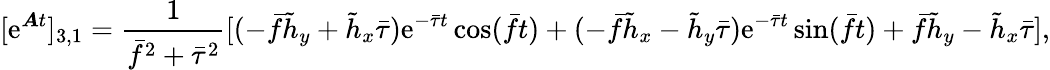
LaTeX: [\mathrm{e}^{\boldsymbol{A}t}]_{3,1}=\frac{1}{\bar{f}^{2}+\bar{\tau}^{2}}[(-\bar{f}\tilde{h}_{y}+\tilde{h}_{x}\bar{\tau})\mathrm{e}^{-\bar{\tau}t}\cos(\bar{f}t)+(-\bar{f}\tilde{h}_{x}-\tilde{h}_{y}\bar{\tau})\mathrm{e}^{-\bar{\tau}t}\sin(\bar{f}t)+\bar{f}\tilde{h}_{y}-\tilde{h}_{x}\bar{\tau}],